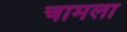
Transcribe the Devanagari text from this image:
चामला